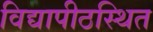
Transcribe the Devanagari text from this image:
विद्यापीठस्थित